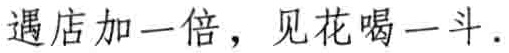
遇店加一倍，见花喝一斗.